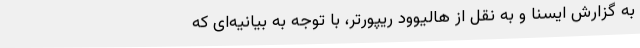
به گزارش ایسنا و به نقل از هالیوود ریپورتر، با توجه به بیانیه‌ای که